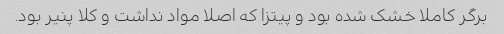
برگر کاملا خشک شده بود و پیتزا که اصلا مواد نداشت و کلا پنیر بود.